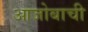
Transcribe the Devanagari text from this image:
आजोबाची